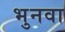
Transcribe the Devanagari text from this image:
भुनवा